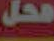
فحل